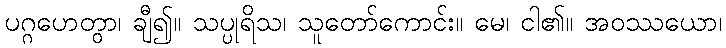
ပဂ္ဂဟေတွာ၊ ချီ၍။ သပ္ပုရိသ၊ သူတော်ကောင်း။ မေ၊ ငါ၏။ အဝဿယော၊